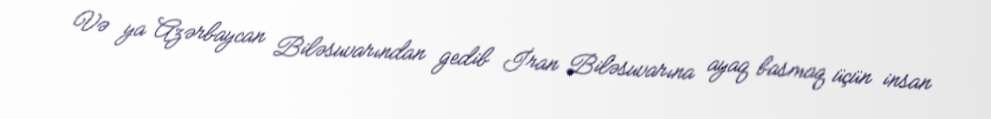
Və ya Azərbaycan Biləsuvarından gedib İran Biləsuvarına ayaq basmaq üçün insan